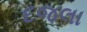
દજલા